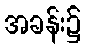
အခန်း၌